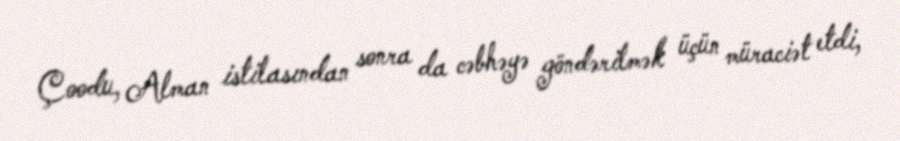
Çoodu, Alman istilasından sonra da cəbhəyə göndərilmək üçün müraciət etdi,